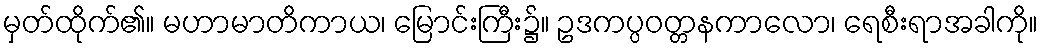
မှတ်ထိုက်၏။ မဟာမာတိကာယ၊ မြောင်းကြီး၌။ ဥဒကပ္ပဝတ္တနကာလော၊ ရေစီးရာအခါကို။